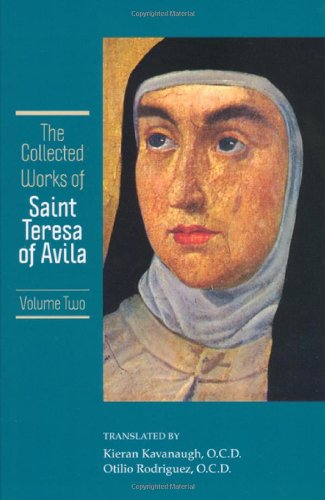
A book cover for Collected Works of St. Teresa of Avila (Collected Works of St. Teresa of Avila ) Vol.2; Teresa of Avila; Christian Books & Bibles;